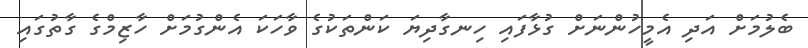
ބެލުމަށް އަދި އެމީހުންނަށް ގުޅާފައި ހިނގާދިޔަ ކަންތަކުގެ ވާހަކަ އެންގުމަށް ހާޒިމްގެ ގާތުގައި